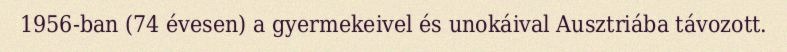
1956-ban (74 évesen) a gyermekeivel és unokáival Ausztriába távozott.